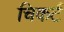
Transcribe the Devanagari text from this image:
चिकर्ट